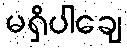
မရှိပါချေ